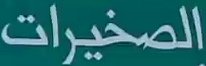
الصخيرات